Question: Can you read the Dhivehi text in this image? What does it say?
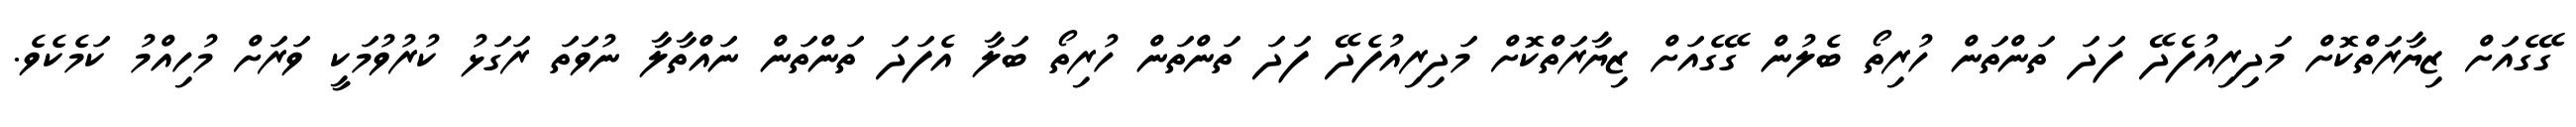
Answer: ގޭގެއަށް ޒިޔާރަތްކޮށް މަދިރިއުފެދޭ ފަދަ ތަންތަން ހުރިތޯ ބެލުން ގޭގެއަށް ޒިޔާރަތްކޮށް މަދިރިއުފެދޭ ފަދަ ތަންތަން ހުރިތޯ ބަލާ އެފަދަ ތަންތަން ނައްތާލާ ނުވަތަ ރަގަޅު ކުރުވުމަކީ ވަރަށް މުހިއްމު ކަމެކެވެ.